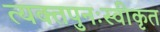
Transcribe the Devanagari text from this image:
त्यक्तपुनःस्वीकृत